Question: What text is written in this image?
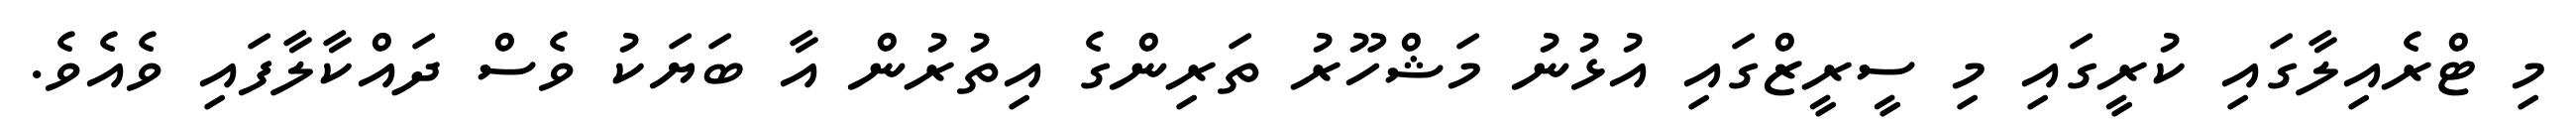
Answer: މި ޓްރެއިލާގައި ކުރީގައި މި ސީރީޒްގައި އުޅުނު މަޝްހޫރު ތަރިންގެ އިތުރުން އާ ބަޔަކު ވެސް ދައްކާލާފައި ވެއެވެ.